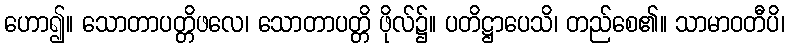
ဟော၍။ သောတာပတ္တိဖလေ၊ သောတာပတ္တိ ဖိုလ်၌။ ပတိဋ္ဌာပေသိ၊ တည်စေ၏။ သာမာဝတီပိ၊